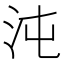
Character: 沌